Statistical return of the lunatic asylum in Assam - 1912-1932
Year: 1912
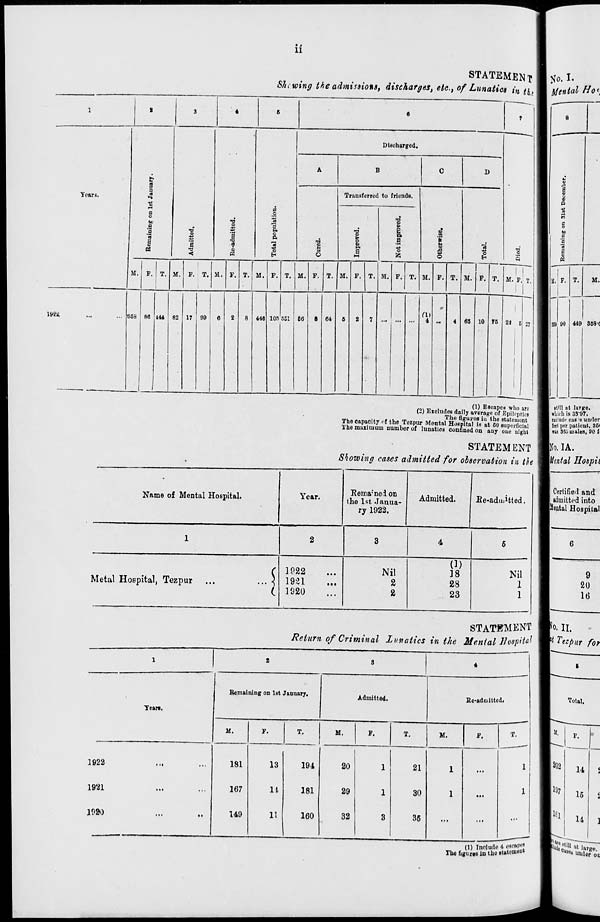
11
Years.
lS>2i
STATEMENT II No. L
M.-w»*S the admissions, discharges, etc., of Lunatics in th H Afwte* #*',
n
B
a
a
►■»
a
o
bo
a
"3
'S
i
8
-a
13
0>
?
«
a
o
"S
9
o.
o
s
M.
Discharged.
1)
I
P. T. M. F. T. SI. P.
869 ! 80 144 R2 17 99
M.
T. M. P.
Transferred to friends.
o
s
T. M. P.
V
t»
o u
a,
a
o
ft
o
o
"8
Q
M. F.
II.
41C 10R SE1 50
64
ri)
4
T. M.
T. II. P. x,
60 10 75 22 6 17
(1) Escapes who are
(2) Excludes daily average of Epileptics
The figures in the statement
The capacity of the Tezpur Mental Hospital is at 50 superficial
The maximum number of lunatics confined on any one night
STATEMENT
Showing cases admitted for observation in tie
Name of Mental Hospital.
Year.
Remained on
the 1st Janua-
ry 1922.
Metal Hospital, Tezpur
$
1P22
1921
1920
Nil
2
2
ted.
Re-admitted.
5
(1)
]8
Nil
28
1
23
1
Remaining on 1st January.
Tears.
Admitted.
M.
1922
1921
1920
181
167
149
Re-admitted.
T.
M.
F.
13
11.
11
194
20
1
181
29
1
160
32
3
M.
P.
T.
21
30
35
(1) Inolude 4 ese»pf?
The figures in the statement
4)
a
o
to
a
a
'3
a
F. T.
M.
m so 449 858(
at'll ot largo,
which is 33*97.
delude cas s under
leet per patient, 85(
was 36i males, 90 f
|Q. IA.
mental Hospii
Certified and
admitted into
■Mental Hospital
9
20
16
STATEMENT So. n.
Return of Criminal lunatics in the Mental Hospital W Tezpur for
Total.
202
14
197
15
U]
11
I ^ under ou